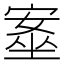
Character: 㝧